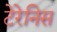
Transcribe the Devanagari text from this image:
टेरेनिस